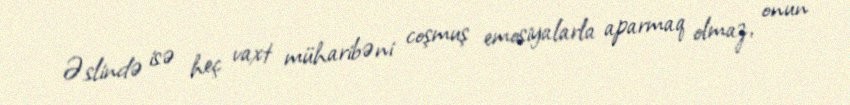
Əslində isə heç vaxt müharibəni coşmuş emosiyalarla aparmaq olmaz, onun